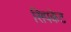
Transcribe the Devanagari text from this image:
सिपकेट